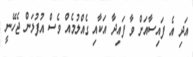
އަދި އެ ފައިސާއަށް ވާ ފައިދާ އަކާއި ގެއްލުމެއް ވެސް އުފުލަން ޖެހޭނީ